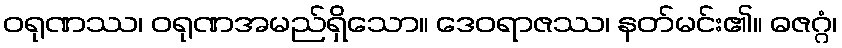
ဝရုဏဿ၊ ဝရုဏအမည်ရှိသော။ ဒေဝရာဇဿ၊ နတ်မင်း၏။ ဓဇဂ္ဂံ၊